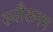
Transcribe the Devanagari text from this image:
स्प्लैकनम